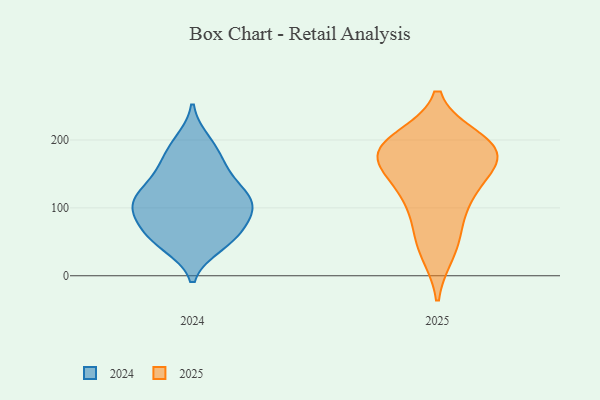
{"axis": {"x": "Operating Costs (USD K)", "y": "Value"}, "legend": ["2024", "2025"], "data": [{"x": "", "y": 52, "type": "2024"}, {"x": "", "y": 45, "type": "2024"}, {"x": "", "y": 146, "type": "2024"}, {"x": "", "y": 85, "type": "2024"}, {"x": "", "y": 56, "type": "2024"}, {"x": "", "y": 169, "type": "2024"}, {"x": "", "y": 109, "type": "2024"}, {"x": "", "y": 116, "type": "2024"}, {"x": "", "y": 192, "type": "2024"}, {"x": "", "y": 66, "type": "2024"}, {"x": "", "y": 198, "type": "2024"}, {"x": "", "y": 91, "type": "2024"}, {"x": "", "y": 82, "type": "2024"}, {"x": "", "y": 117, "type": "2024"}, {"x": "", "y": 165, "type": "2024"}, {"x": "", "y": 111, "type": "2024"}, {"x": "", "y": 50, "type": "2024"}, {"x": "", "y": 110, "type": "2024"}, {"x": "", "y": 141, "type": "2024"}, {"x": "", "y": 105, "type": "2024"}, {"x": "", "y": 200, "type": "2025"}, {"x": "", "y": 65, "type": "2025"}, {"x": "", "y": 35, "type": "2025"}, {"x": "", "y": 186, "type": "2025"}, {"x": "", "y": 114, "type": "2025"}, {"x": "", "y": 156, "type": "2025"}, {"x": "", "y": 186, "type": "2025"}, {"x": "", "y": 122, "type": "2025"}, {"x": "", "y": 174, "type": "2025"}, {"x": "", "y": 185, "type": "2025"}]}